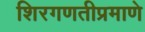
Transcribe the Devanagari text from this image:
शिरगणतीप्रमाणे